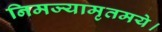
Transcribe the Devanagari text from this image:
निमज्यामृतमये।